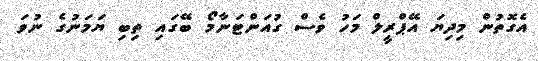
އެގޮތުން މިދިޔަ އޭޕްރީލް މަހު ވެސް ގުއަންޓަނާމޯ ބޭގައި ތިބި ޔަމަނުގެ ނުވަ